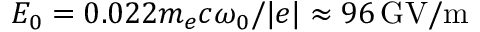
E _ { 0 } = 0 . 0 2 2 m _ { e } c \omega _ { 0 } / | e | \approx 9 6 \, \mathrm { G V / m }